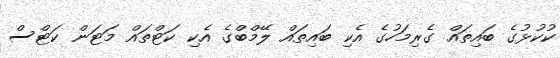
ކުކުޅުގެ ބައިތައް ގެރިމަހުގެ އެކި ބައިތައް ލޭމްބްގެ އެކި ކަޓްތައް މަޓަން ކަޓްސް